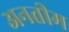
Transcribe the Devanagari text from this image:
अनतीम